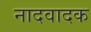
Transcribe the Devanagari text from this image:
नादवादक